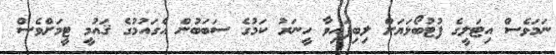
ނަމަވެސް އިޓަލީގެ ފުޓުބޯޅަޔަށް ލިބިފައިވާ ހީނަރު ކަމުގެ ސަބަބުން އެގައުމުގެ ޤައުމީ ޓީމަށްވެސް